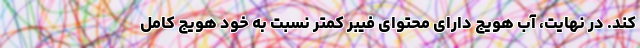
کند. در نهایت، آب هویج دارای محتوای فیبر کمتر نسبت به خود هویج کامل